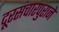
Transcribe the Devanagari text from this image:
दूरसंचारपुराने